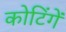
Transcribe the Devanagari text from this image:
कोटिंगें